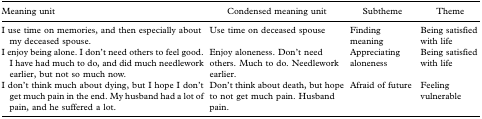
| Meaning unit | Condensed meaning unit | Subtheme | Theme |
 | --- | --- | --- | --- |
 | I use time on memories, and then especially about my deceased spouse. | Use time on deceased spouse | Finding meaning | Being satisfied with life |
 | I enjoy being alone. I don't need others to feel good. I have had much to do, and did much needlework earlier, but not so much now. | Enjoy aloneness. Don't need others. Much to do. Needlework earlier. | Appreciating aloneness | Being satisfied with life |
 | I don't think much about dying, but I hope I don't get much pain in the end. My husband had a lot of pain, and he suffered a lot. | Don't think about death, but hope to not get much pain. Husband pain. | Afraid of future | Feeling vulnerable |